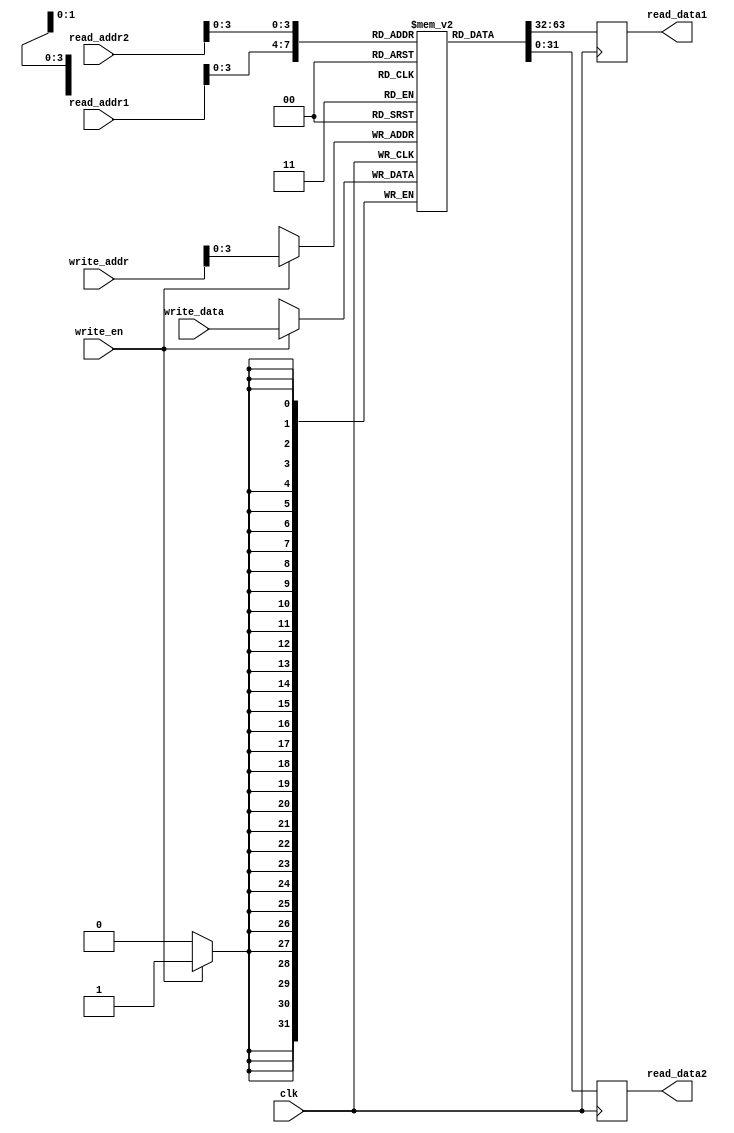
module register_file (
  input wire clk,
  input wire [31:0] read_addr1, read_addr2, write_addr,
  input wire [31:0] write_data,
  input wire write_en,
  output reg [31:0] read_data1, read_data2
);

reg [31:0] reg_file [0:15]; // Array of 16 registers

always @(posedge clk) begin
  if (write_en) begin
    reg_file[write_addr] <= write_data;
  end
  read_data1 <= reg_file[read_addr1];
  read_data2 <= reg_file[read_addr2];
end

endmodule